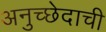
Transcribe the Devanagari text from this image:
अनुच्छेदाची